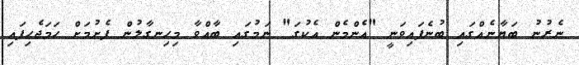
ނެރުނު ބަޔާނެއްގައި ބުނެފައިވަނީ "އެންމެން އެކުގަ" ނަމުގައި ބާއްވާ މިހިނގާލުން ފެށުމަށް ހަމަޖެހިފައި